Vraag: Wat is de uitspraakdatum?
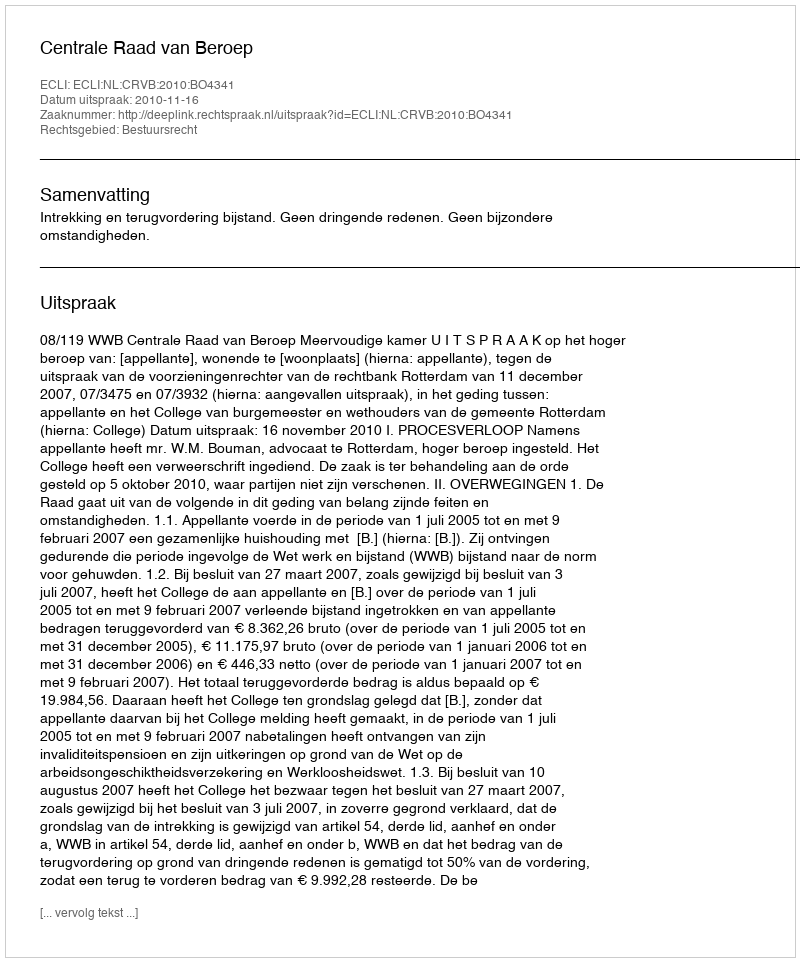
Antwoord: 2010-11-16